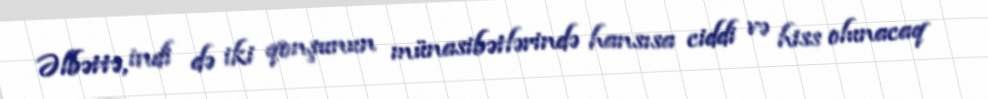
Əlbəttə, indi də iki qonşunun münasibətlərində hansısa ciddi və hiss olunacaq